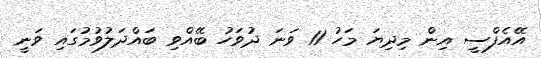
އޭއެފްސީ އިން މިދިޔަ މަހު 11 ވަނަ ދުވަހު ބޭއްވި ބައްދަލުވުމުގައި ވަނީ